Civil Veterinary Department Bengal reports 1923-33 - 1923-1933
Year: 1923
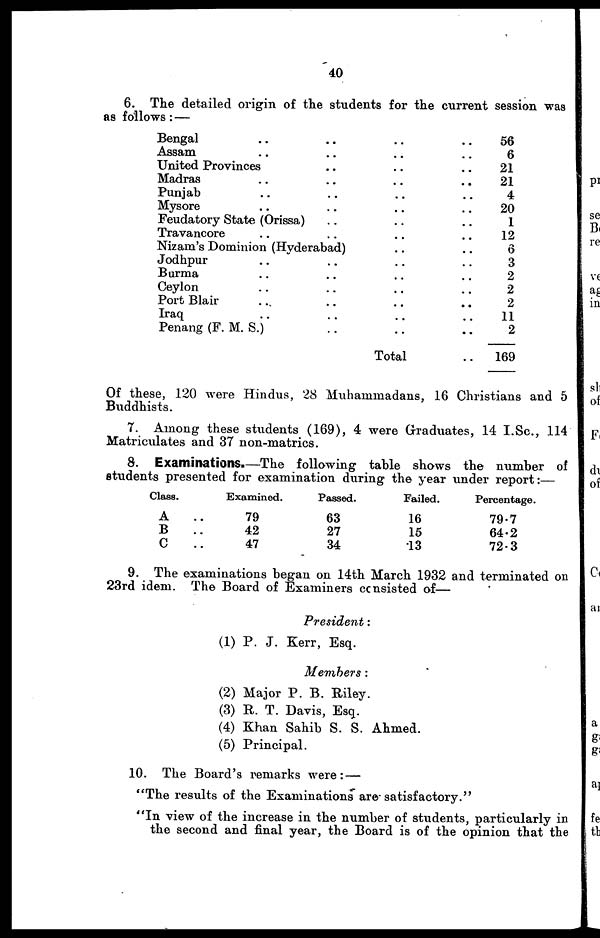
40
6. The detailed origin of the students for the current session was
as follows:—
Bengal .. .. .. ..
Assam .. .. .. ..
United Provinces .. .. ..
Madras .. .. .. ..
Punjab .. .. .. ..
Mysore .. .. .. ..
Feudatory State (Orissa) .. .. ..
Travancore .. .. .. ..
Nizam's Dominion (Hyderabad) .. ..
Jodhpur .. .. .. ..
Burma .. .. .. ..
Ceylon .. .. .. ..
Port Blair .. .. .. ..
Iraq .. .. .. ..
Penang (F. M. S.) .. .. ..
Total ..
56
6
21
21
4
20
1
12
6
3
2
2
2
11
2
169
Of these, 120 were Hindus, 28 Muhammadans, 16 Christians and 5
Buddhists.
7. Among these students (169), 4 were Graduates, 14 I.Sc., 114
Matriculates and 37 non-matrics.
8. Examinations.—The following table shows the number of
students presented for examination during the year under report:—
Class.
A ..
B ..
C ..
Examined.
79
42
47
Passed.
63
27
34
Failed.
16
15
13
Percentage.
79.7
64.2
72.3
9. The examinations began on 14th March 1932 and terminated on
23rd idem. The Board of Examiners consisted of—
President:
(1) P. J. Kerr, Esq.
Members:
(2) Major P. B. Riley.
(3) R. T. Davis, Esq.
(4) Khan Sahib S. S. Ahmed.
(5) Principal.
10. The Board's remarks were:—
"The results of the Examinations are satisfactory."
"In view of the increase in the number of students, particularly in
the second and final year, the Board is of the opinion that the